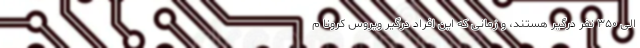
الی ۳۵۰ نفر درگیر هستند، و زمانی که این افراد درگیر ویروس کرونا م